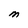
Character: M